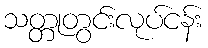
သတ္တုတွင်းလုပ်ငန်း